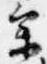
参